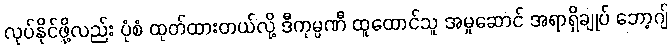
လုပ်နိုင်ဖို့လည်း ပုံစံ ထုတ်ထားတယ်လို့ ဒီကုမ္ပဏီ ထူထောင်သူ အမှုဆောင် အရာရှိချုပ် ဘော့ဂျ်